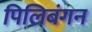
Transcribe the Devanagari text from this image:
पिलिबंगन